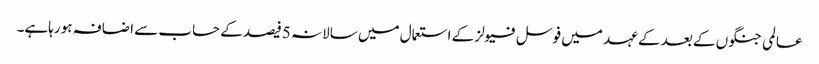
عالمی جنگوں کے بعد کے عہد میں فوسل فیولز کے استعمال میں سالانہ 5فیصد کے حساب سے اضافہ ہو رہاہے۔